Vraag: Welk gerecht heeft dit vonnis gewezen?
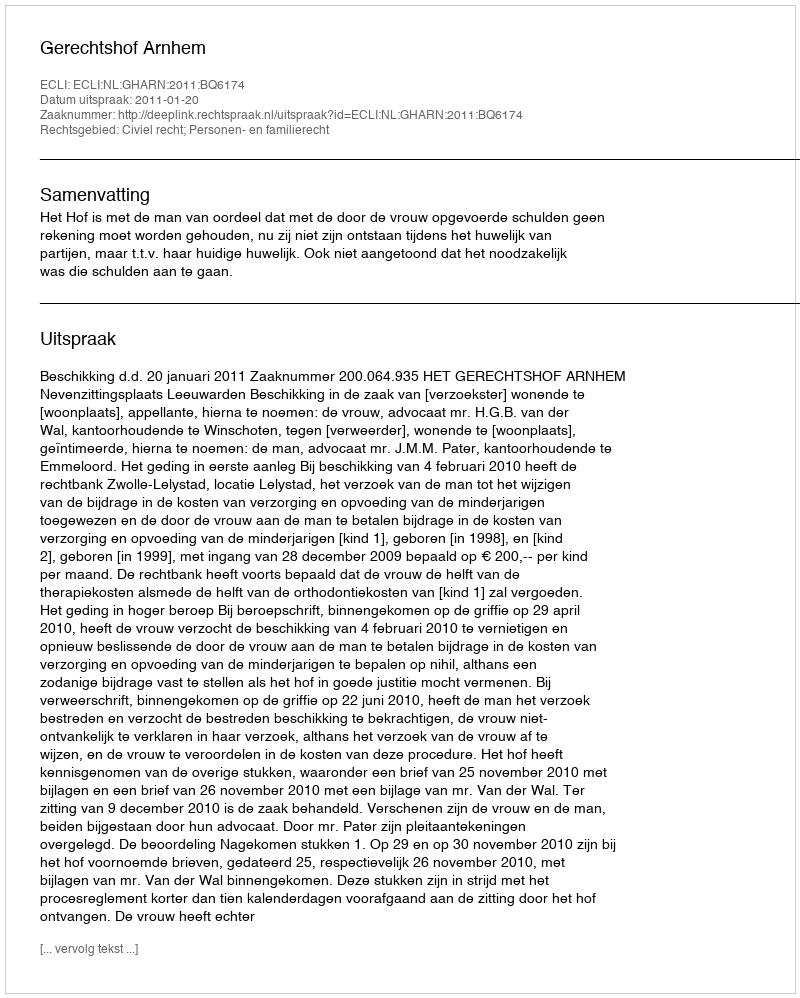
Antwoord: Gerechtshof Arnhem